Report on plague in the Punjab from October 1st ... to September 30th ..., being the ... season of plague in the province
Disease focus: Plague
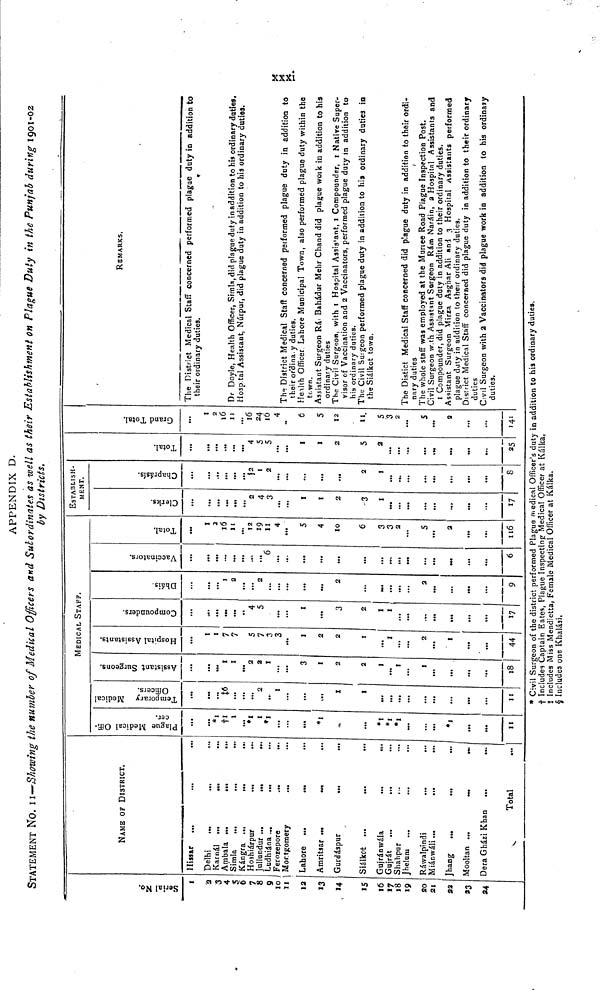
Serial
1
a
3
4
s
6
7
8
9
10
11
12
I3
14.
15
i6
17
i8
»9
20
21
S3
24
NAME OF DISTRICT.
llissar ...
...
••
Delhi
Karnál ...
Arríbala ...
••»
...
Simla
...
...
•••
Kángra ...
...
Hos]hiárpur
°..
Jullundur ...
...
•••
Ludhiána ...
...
...
Ferozepore
...
••.
Montgomery
...
Lahore ...
..»
...
Amritsar •
...
Gurdáspur
••.
•••
Siálkot ...
Gujránwála
...
••
Gujrát ...
...
Shahpur
Rawalpindi
...
...
Jhang
...
Mooltan .
„,
Dera Gházi Khan ...
...
Total
MEDICAL STAFF.
Plague Medical Officers.
...
*1
+1
1
•1
I
*1I
...
*1
•1
*I
•1
*l
II
Temporary Medical Officers.
...
...
+6
...
2
...
I
I
I
...
...
...
...
II
Assistant Surgens.
...
I
I
2
2
I
3
1
2
2
I
...
I
I
...
18
Hospital Assistant.
I
1
7
7
S
7
3
3
1
2
2
I
...
I
2
I
44
Compounders.
09.
...
• M
...
4
S
...
1
3
2
I
I
17
Dhais
...
...
!
2
...
2
...
...
2
.
...
2
9
Vacciants.
...
...
•
>•
6
...
...
...
...
...
....
6
Total.
I
2
16
11
12
19
H
4
5
4
10
6
3
3
2
5
2
116
ESTABLISH-
MENT.
Clerks.
••«
...
„,
2
4
3
I
I
2
3
1
...
...
17
Chaprasis.
...
...
...
...
2
I
2
...
...
2
I
...
...
...
8
Total
...
...
...
...
4
5
S
...
1
1
2
5
2
...
...
...
...
25
Grand Total.
1
2
16
11
16
24
16
4
e
5
12
11.
S
3
2
s
141
REMARKS.
The District Medical Staff concerned performed plague duty in addition to
their ordinary duties.
Dr Doyle, Health Officer, Simla, did plague duty in addition to his ordinary duties.
Hospital Assistant, Núrpur, did plague duty in addition to his ordinary duties,
The District Medical Staff concerned performed plague duty in addition to
their ordinary duties.
Health Officer Lahore Municipal Town, also performed plague duty within the
town.
Assistant Surgeon Rái Bahadur Mehr Chand did plague work in addition to his
ordinary duties
The Civil Surgeon, with I Hospital Assis'ant, I Compounder, I Native Super-
visor of Vaccination and 2 Vaccinators, performed plague duty m addition to
his ordinary duties.
The Civil Suigeon performed plague duty in addition to his ordinary duties in
the Siálkot town.
The Distict Medical Staff concerned did plague duty in addition to their ordi-
nary duties
'
The whole staff was employed at the Murree Road Plague Inspection Post.
Civil Surgeon with Assistant Sorgeon Rám Naráin, a Hospital Assistants and
I Compounder, did plague duty in addition to their ordinary duties.
Assistant Surgeon Mirra Asghar Ali and 3 Hospital Assistants performed
plague duty in addition to their ordinary duties.
District Medical Staff concerned did plague duty in addition to their ordinary
duties
Civil Surgeon with 2 Vaccinators did plague work in addition to his ordinary
duties.
* Civil Surgeon of the district performed Plague medical Officer's duty in addition to his ordinary duties.
+ Includes Captain Eates, Plague Inspecting Medical Officer at Kálka,
t Includes Miss Mendietta, Female Medical Officer at Kálka.
§ Includes one Khalási.
APPENDIX D.
STATEMENT NO. II--Showing the number of Medical Officers and Subordinates as well as their Establishment on Plague Duty in the